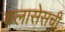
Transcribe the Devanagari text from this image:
क्लासेसची